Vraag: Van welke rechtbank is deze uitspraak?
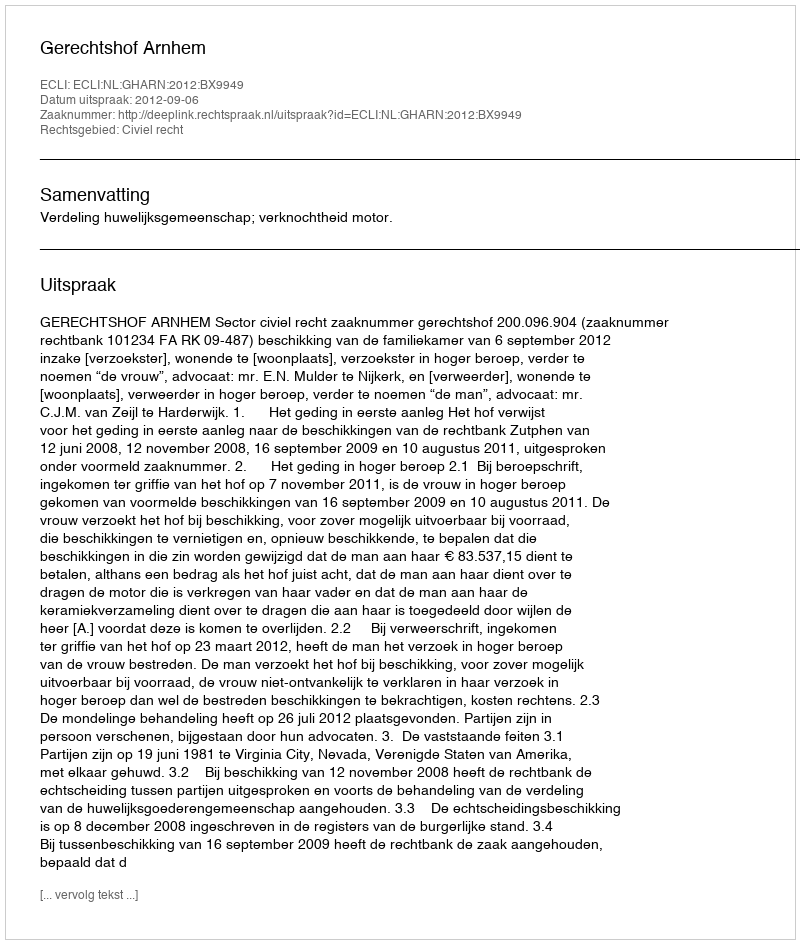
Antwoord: Gerechtshof Arnhem